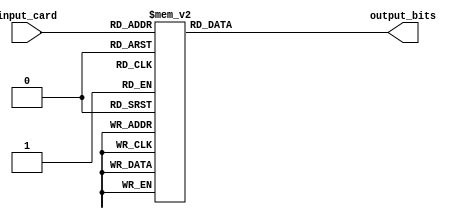
/*-----------------------------------------------------------
-------------------------------------------------------------
pixelize card value
Converts the magnitude of the card into pixels
-------------------------------------------------------------
-----------------------------------------------------------*/
module pixelize_card_value(input_card, output_bits);
input [3:0]input_card;
output [14:0]output_bits;

// start at top left corner and go to right then down
reg [14:0]output_bits;

always @(input_card)
begin
	case (input_card)
		4'd1:
		begin
			output_bits <= 15'b001011001001001;
		end
		4'd2:
		begin
			output_bits <= 15'b111001010100111;
		end
		4'd3:
		begin
			output_bits <= 15'b110001011001110;
		end
		4'd4:
		begin
			output_bits <= 15'b101101011001001;
		end
		4'd5:
		begin
			output_bits <= 15'b111100010001111;
		end
		4'd6:
		begin
			output_bits <= 15'b010100111101111;
		end
		4'd7:
		begin
			output_bits <= 15'b111001010010010;
		end
		4'd8:
		begin
			output_bits <= 15'b111101010101111;
		end
		4'd9:
		begin
			output_bits <= 15'b111101111001010;
		end
		4'd10:
		begin
			output_bits <= 15'b111010010010010;
		end
		4'd11: // J
		begin
			output_bits <= 15'b111010010010100;
		end
		4'd12: // Q
		begin
			output_bits <= 15'b111101101110001;
		end
		4'd13: // K
		begin
			output_bits <= 15'b101110100110101;
		end
		4'd14: // A
		begin
			output_bits <= 15'b010101111101101;
		end
		default:
			output_bits <= 15'b000000000000000;
	endcase
end

endmodule

/*-----------------------------------------------------------
-------------------------------------------------------------
pixelize card suit
Converts the magnitude of the card into pixels
-------------------------------------------------------------
-----------------------------------------------------------*/
module pixelize_card_suit(input_suit, output_bits);
input [1:0]input_suit;
output [14:0]output_bits;

// start at top left corner and go to right then down
reg [14:0]output_bits;

always @(input_suit)
begin
	case (input_suit)
		2'b00: // spades
		begin
			output_bits <= 15'b011100010001110;
		end
		2'b01: // clubs
		begin
			output_bits <= 15'b011100100100011;
		end
		2'b10: // diamonds
		begin
			output_bits <= 15'b110101101101110;
		end
		2'b11: // Hearts
		begin
			output_bits <= 15'b101101111101101;
		end
		default:
			output_bits <= 15'b000000000000000;
	endcase
end

endmodule

/*-----------------------------------------------------------
-------------------------------------------------------------
pixelize hex value
-------------------------------------------------------------
-----------------------------------------------------------*/
module pixelize_hex_value(input_val, output_bits);
input [3:0]input_val;
output [14:0]output_bits;

// start at top left corner and go to right then down
reg [14:0]output_bits;

always @(input_val)
begin
	case (input_val)
		4'd0:
		begin
			output_bits <= 15'b111101101101111;
		end
		4'd1:
		begin
			output_bits <= 15'b001011001001001;
		end
		4'd2:
		begin
			output_bits <= 15'b111001010100111;
		end
		4'd3:
		begin
			output_bits <= 15'b110001011001110;
		end
		4'd4:
		begin
			output_bits <= 15'b101101011001001;
		end
		4'd5:
		begin
			output_bits <= 15'b111100010001111;
		end
		4'd6:
		begin
			output_bits <= 15'b010100111101111;
		end
		4'd7:
		begin
			output_bits <= 15'b111001010010010;
		end
		4'd8:
		begin
			output_bits <= 15'b111101010101111;
		end
		4'd9:
		begin
			output_bits <= 15'b111101111001010;
		end
		4'd10: // A
		begin
			output_bits <= 15'b010101111101101;
		end
		4'd11: // B
		begin
			output_bits <= 15'b110101111101110;
		end
		4'd12: // C
		begin
			output_bits <= 15'b011100100100011;
		end
		4'd13: // D
		begin
			output_bits <= 15'b110101101101110;
		end
		4'd14: // E
		begin
			output_bits <= 15'b111100110100111;
		end
		4'd15:
		begin
			output_bits <= 15'b111100110100100;
		end
		default:
			output_bits <= 15'b000000000000000;
	endcase
end

endmodule